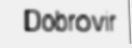
Dobrovir